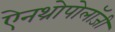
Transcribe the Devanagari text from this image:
ऐनथ्रोपोलॉजी